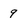
Character: 9